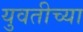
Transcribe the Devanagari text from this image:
युवतीच्या